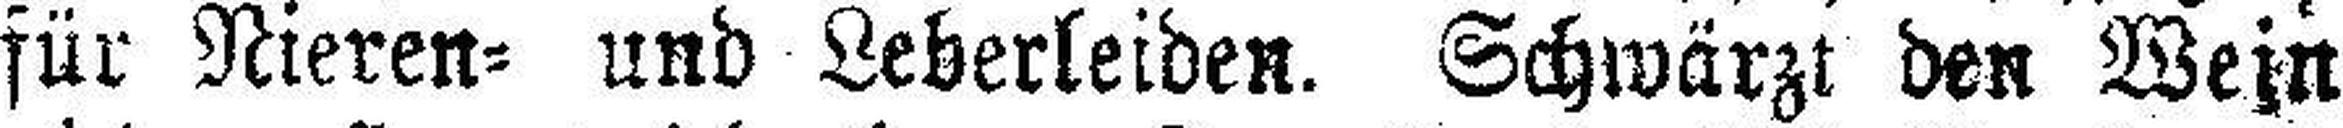
für Nieren= und Leberleiden. Schwärzt den Wein